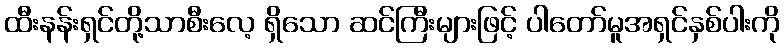
ထီးနန်းရှင်တို့သာစီးလေ့ ရှိသော ဆင်ကြီးများဖြင့် ပါတော်မူအရှင်နှစ်ပါးကို